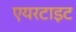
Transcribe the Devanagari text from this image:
एयरटाइट